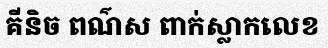
គីនិច ពណ៌ស ពាក់ស្លាកលេខ